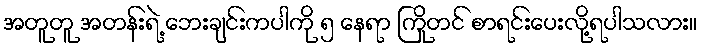
အတူတူ အတန်းရဲ့ ဘေးချင်းကပါကို ၅ နေရာ ကြိုတင် စာရင်းပေးလို့ရပါသလား။